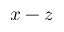
x - z